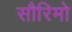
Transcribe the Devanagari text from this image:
सौरिमो